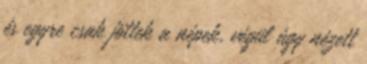
és egyre csak jöttek a népek, végül úgy nézett